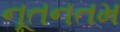
નૂતનતમ